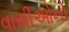
વાસીઓનો